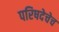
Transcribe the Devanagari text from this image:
परिषदेचेच